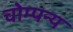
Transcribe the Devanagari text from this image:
चोम्पन्य